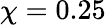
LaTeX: \chi=0.25